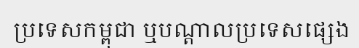
ប្រទេសកម្ពុជា ឬបណ្តាលប្រទេសផ្សេង